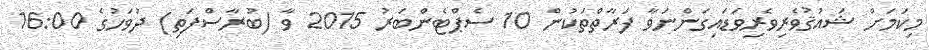
މިކަމަށް ޝައުޤުވެރިވެރިވަޑައިގަންނަވާ ފަރާތްތަކުން 10 ސެޕްޓެންބަރު 2015 ވާ (ބުރާސްފަތި) ދުވަހުގެ 16:00